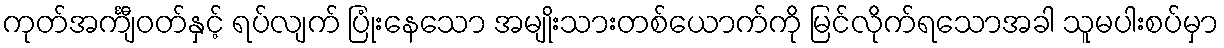
ကုတ်အင်္ကျီဝတ်နှင့် ရပ်လျက် ပြုံးနေသော အမျိုးသားတစ်ယောက်ကို မြင်လိုက်ရသောအခါ သူမပါးစပ်မှာ